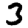
Digit: 3